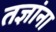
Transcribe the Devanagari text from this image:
तज्ञांना